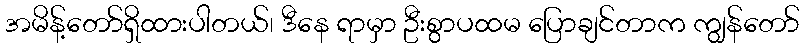
အမိန့်တော်ရှိထားပါတယ်၊ ဒီနေ ရာမှာ ဦးစွာပထမ ပြောချင်တာက ကျွန်တော်